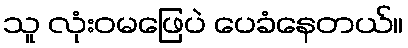
သူ လုံးဝမဖြေပဲ ပေခံနေတယ်။